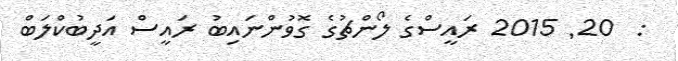
:  20